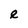
Character: e